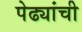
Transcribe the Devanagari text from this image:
पेढ्यांची